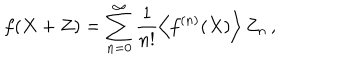
LaTeX: f ( X + Z ) = \sum _ { n = 0 } ^ { \infty } \frac { 1 } { n ! } \left\langle f ^ { ( n ) } ( X ) \right\rangle Z _ { n } \, ,